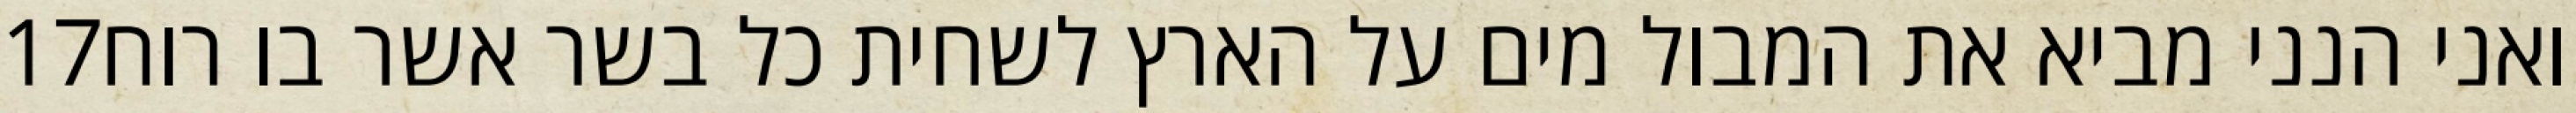
‎17‏ ואני הנני מביא את המבול מים על הארץ לשחית כל בשר אשר בו רוח